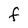
Character: f